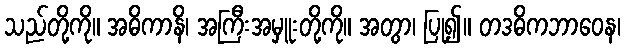
သည်တို့ကို။ အဓိကာနိ၊ အကြီးအမှူးတို့ကို။ အတွာ၊ ပြု၍။ တဒဓိကဘာဝေန၊